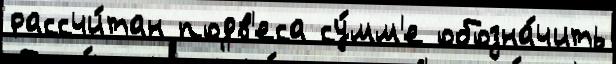
рассчи́тан подв'еса су́мм'е обозна́чить